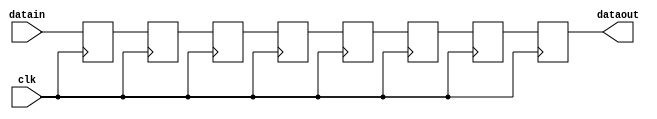
module delay2x8 (datain, dataout, clk);
    input[2 - 1:0] datain; 
    output[2 - 1:0] dataout; 
    wire[2 - 1:0] dataout;
    input clk; 
    reg[2 - 1:0] buff0; 
    reg[2 - 1:0] buff1; 
    reg[2 - 1:0] buff2; 
    reg[2 - 1:0] buff3; 
    reg[2 - 1:0] buff4; 
    reg[2 - 1:0] buff5; 
    reg[2 - 1:0] buff6; 
    reg[2 - 1:0] buff7; 
    assign dataout = buff7 ;
    always @(posedge clk)
    begin
       buff0 <= datain ; 
		buff1 <= buff0;
		buff2 <= buff1;
		buff3 <= buff2;
		buff4 <= buff3;
		buff5 <= buff4;
		buff6 <= buff5;
		buff7 <= buff6;
    end 
 endmodule